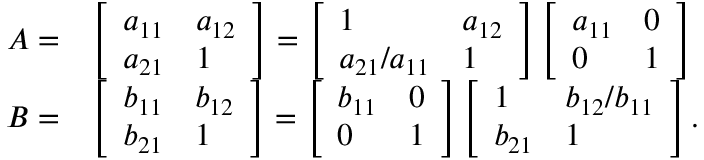
\begin{array} { r l } { \boldsymbol { A } = } & { \left[ \begin{array} { l l } { a _ { 1 1 } } & { a _ { 1 2 } } \\ { a _ { 2 1 } } & { 1 } \end{array} \right] = \left[ \begin{array} { l l } { 1 } & { a _ { 1 2 } } \\ { a _ { 2 1 } / a _ { 1 1 } } & { 1 } \end{array} \right] \left[ \begin{array} { l l } { a _ { 1 1 } } & { 0 } \\ { 0 } & { 1 } \end{array} \right] } \\ { \boldsymbol { B } = } & { \left[ \begin{array} { l l } { b _ { 1 1 } } & { b _ { 1 2 } } \\ { b _ { 2 1 } } & { 1 } \end{array} \right] = \left[ \begin{array} { l l } { b _ { 1 1 } } & { 0 } \\ { 0 } & { 1 } \end{array} \right] \left[ \begin{array} { l l } { 1 } & { b _ { 1 2 } / b _ { 1 1 } } \\ { b _ { 2 1 } } & { 1 } \end{array} \right] . } \end{array}